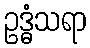
ဥဒ္ဓံသရာ